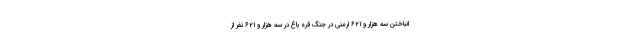
انباختن سه هزار و ۶۲۱ ارمنی در جنگ قره باغ در سه هزار و ۶۲۱ نفر از